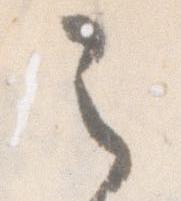
之